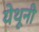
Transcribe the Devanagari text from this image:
येथूनी